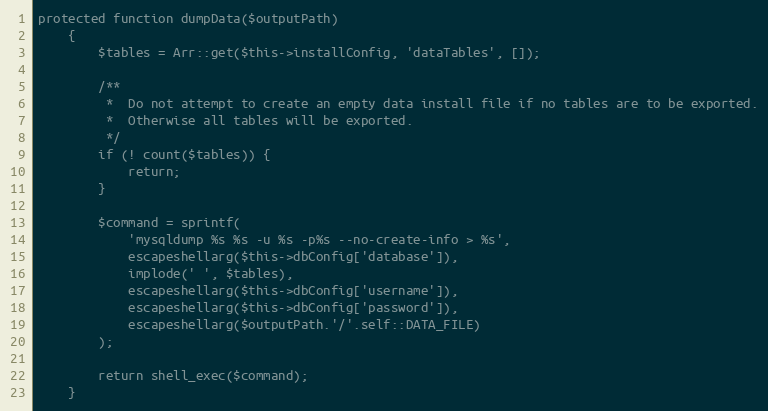
Language: PHP
protected function dumpData($outputPath)
    {
        $tables = Arr::get($this->installConfig, 'dataTables', []);

        /**
         *  Do not attempt to create an empty data install file if no tables are to be exported.
         *  Otherwise all tables will be exported.
         */
        if (! count($tables)) {
            return;
        }

        $command = sprintf(
            'mysqldump %s %s -u %s -p%s --no-create-info > %s',
            escapeshellarg($this->dbConfig['database']),
            implode(' ', $tables),
            escapeshellarg($this->dbConfig['username']),
            escapeshellarg($this->dbConfig['password']),
            escapeshellarg($outputPath.'/'.self::DATA_FILE)
        );

        return shell_exec($command);
    }